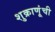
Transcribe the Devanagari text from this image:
शुक्राणूंची